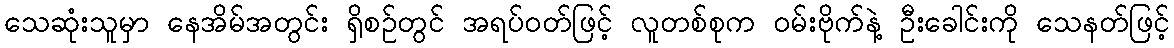
သေဆုံးသူမှာ နေအိမ်အတွင်း ရှိစဉ်တွင် အရပ်ဝတ်ဖြင့် လူတစ်စုက ဝမ်းဗိုက်နဲ့ ဦးခေါင်းကို သေနတ်ဖြင့်